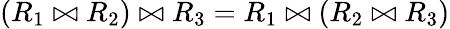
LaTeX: (R_{1}\bowtie R_{2})\bowtie R_{3}=R_{1}\bowtie(R_{2}\bowtie R_{3})